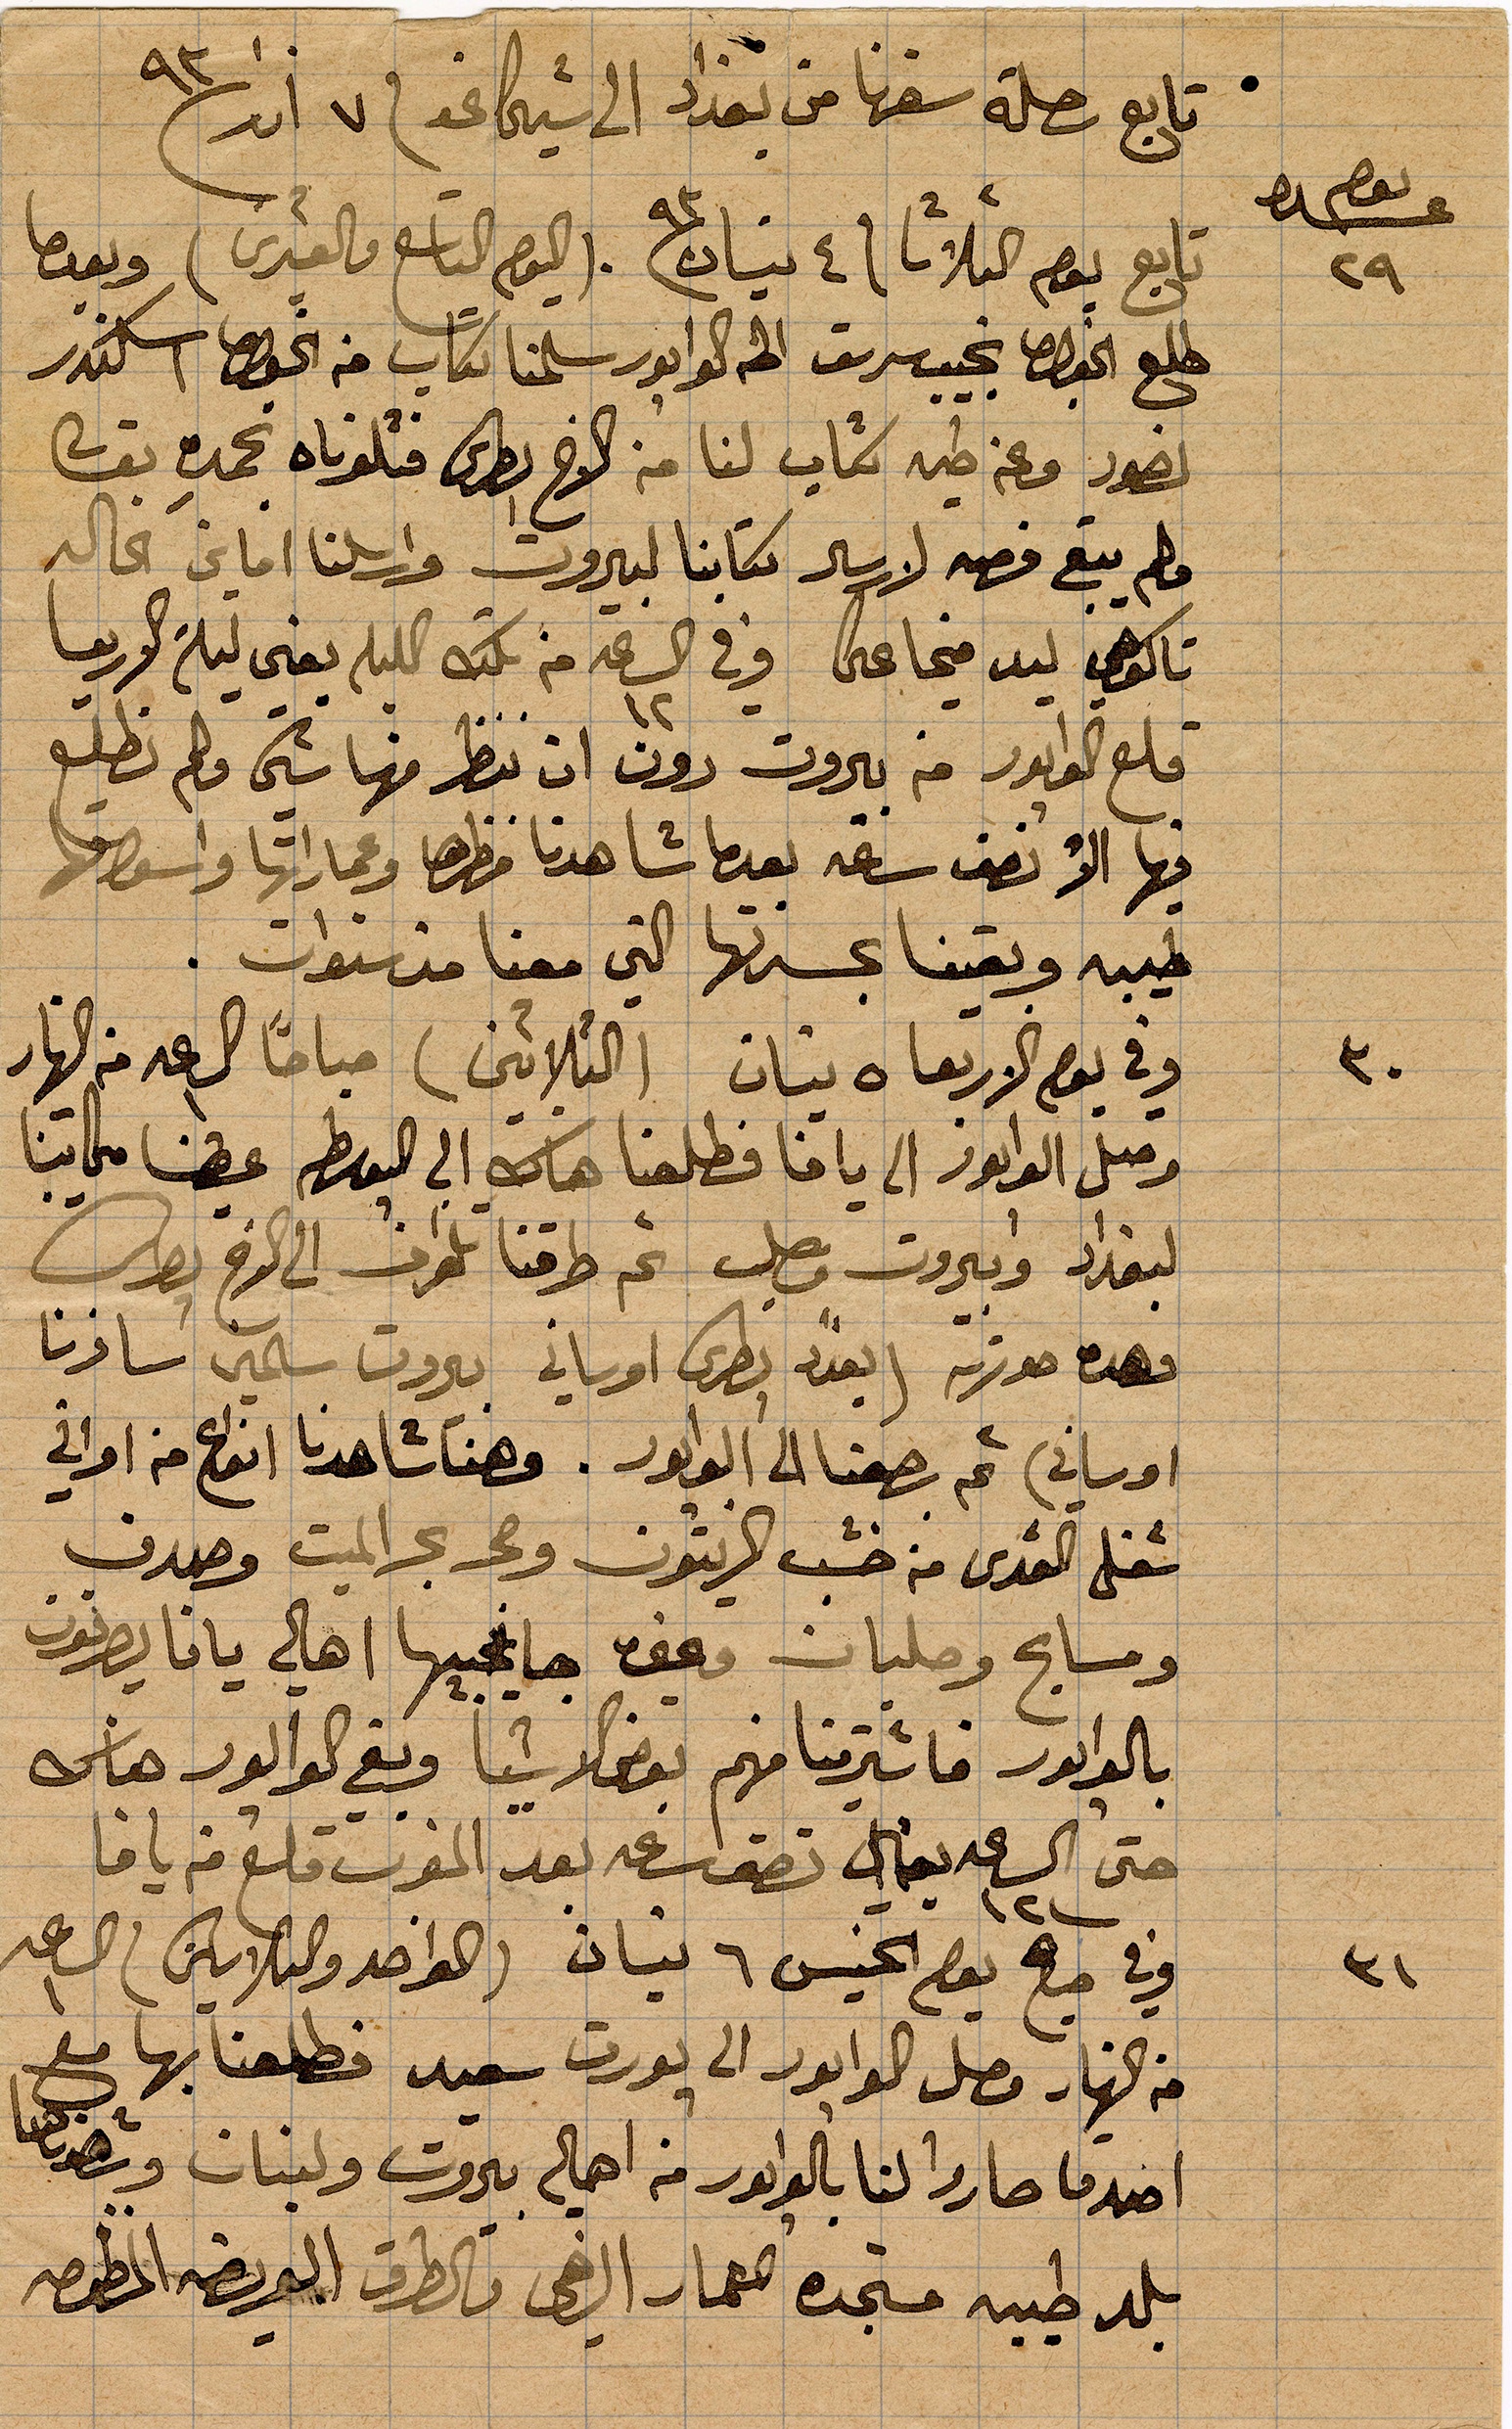
تابع رحلة سفرنا من بغداد الى شيكاغو في ٧ اذار ١٨٩٣
تابع يوم الثلاثا في ٤ نيسان ١٨٩٣ (اليوم التاسع والعشرين) وبعدما
طلع الخوري نجيب سرسق الى الوابور سلمان كتاب من الخوري إسكندر
منصور وعن طيه كتاب لنا من الأخ بطرس فتلوناه بحمده تعالى
ولم يتبع فهمه لارسال كتابنا لبيروت وارسلنا اماني الحاله
تاكوهي ليد ... وفي الساعة ١٢ من تلك الليلة يعني ليلة الاربعا
قلع الوابور من بيروت دون ان ننظر منها شيء ولم نطلع
فيها الا نصف ساعة بعدما شاهدنا مظهرها وعماراتها واوسواقها
طيبة وبقينا بمسرتها التي معنا منذ سنوات
وفي يوم الاربعا ٥ نيسان (الثلاثين) صباحًا الساعة ١ من النهار
وصول الوابور الى يافا فطلعنا هناك الى ...
لبغداد وبيروت وصل ثم طرقنا تلغراف الى الأخ بطرس
وهذه صورته (بغداد بطرس اوساني بيروت سالماني سافرنا
اوساني) ثم رجعنا الى الوابور. وهنا شاهدنا أنواع من اواني
شغل القدس من خشب الزيتون وحجر بحر الميت وصدف
ومسابح وصلبان يعني جانحيها أهالي يافا يصرّفون
بالوابور اشترينا منهم بعض الشيا وبقي الوابور هناك
حتى الساعة ١٢ بحوالي نصف ساعة بعد المغرب قلع من يافا
وفي صباح يوم الخميس ٦ نيسان (الواحد والثلاثين) الساعة ١
من النهار وصل الوابور الى بورت سعيد فطلعنا بها مع
اصدقا صارو لنا بالوابور من أهالي بيروت ولبنان وشهدناها
بلد طيبة مستجدة المعمار الرخي والطرق العريضة المرصوصة